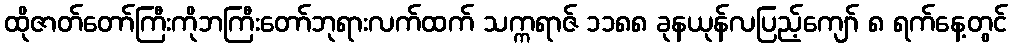
ထိုဇာတ်တော်ကြီးကိုဘကြီးတော်ဘုရားလက်ထက် သက္ကရာဇ် ၁၁၈၈ ခုနယုန်လပြည့်ကျော် ၈ ရက်နေ့တွင်